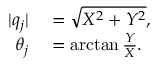
\begin{array} { r l } { \lvert q _ { j } \rvert } & { { } = \sqrt { X ^ { 2 } + Y ^ { 2 } } , } \\ { \theta _ { j } } & { { } = \arctan \frac { Y } { X } . } \end{array}